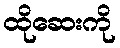
ထိုဆေးကို